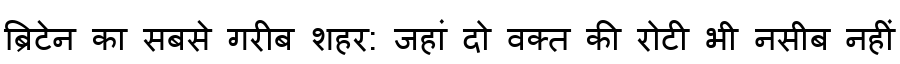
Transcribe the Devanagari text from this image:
ब्रिटेन का सबसे गरीब शहर: जहां दो वक्त की रोटी भी नसीब नहीं